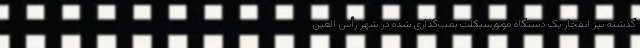
گذشته نیز انفجار یک دستگاه موتورسیکلت بمب‌گذاری شده در شهر رأس العین